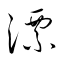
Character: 漂